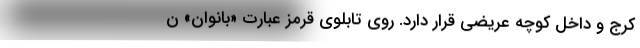
کرج و داخل کوچه عریضی قرار دارد. روی تابلوی قرمز عبارت «بانوان» ن